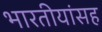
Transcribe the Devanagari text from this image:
भारतीयांसह